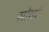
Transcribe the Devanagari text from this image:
सोयरं